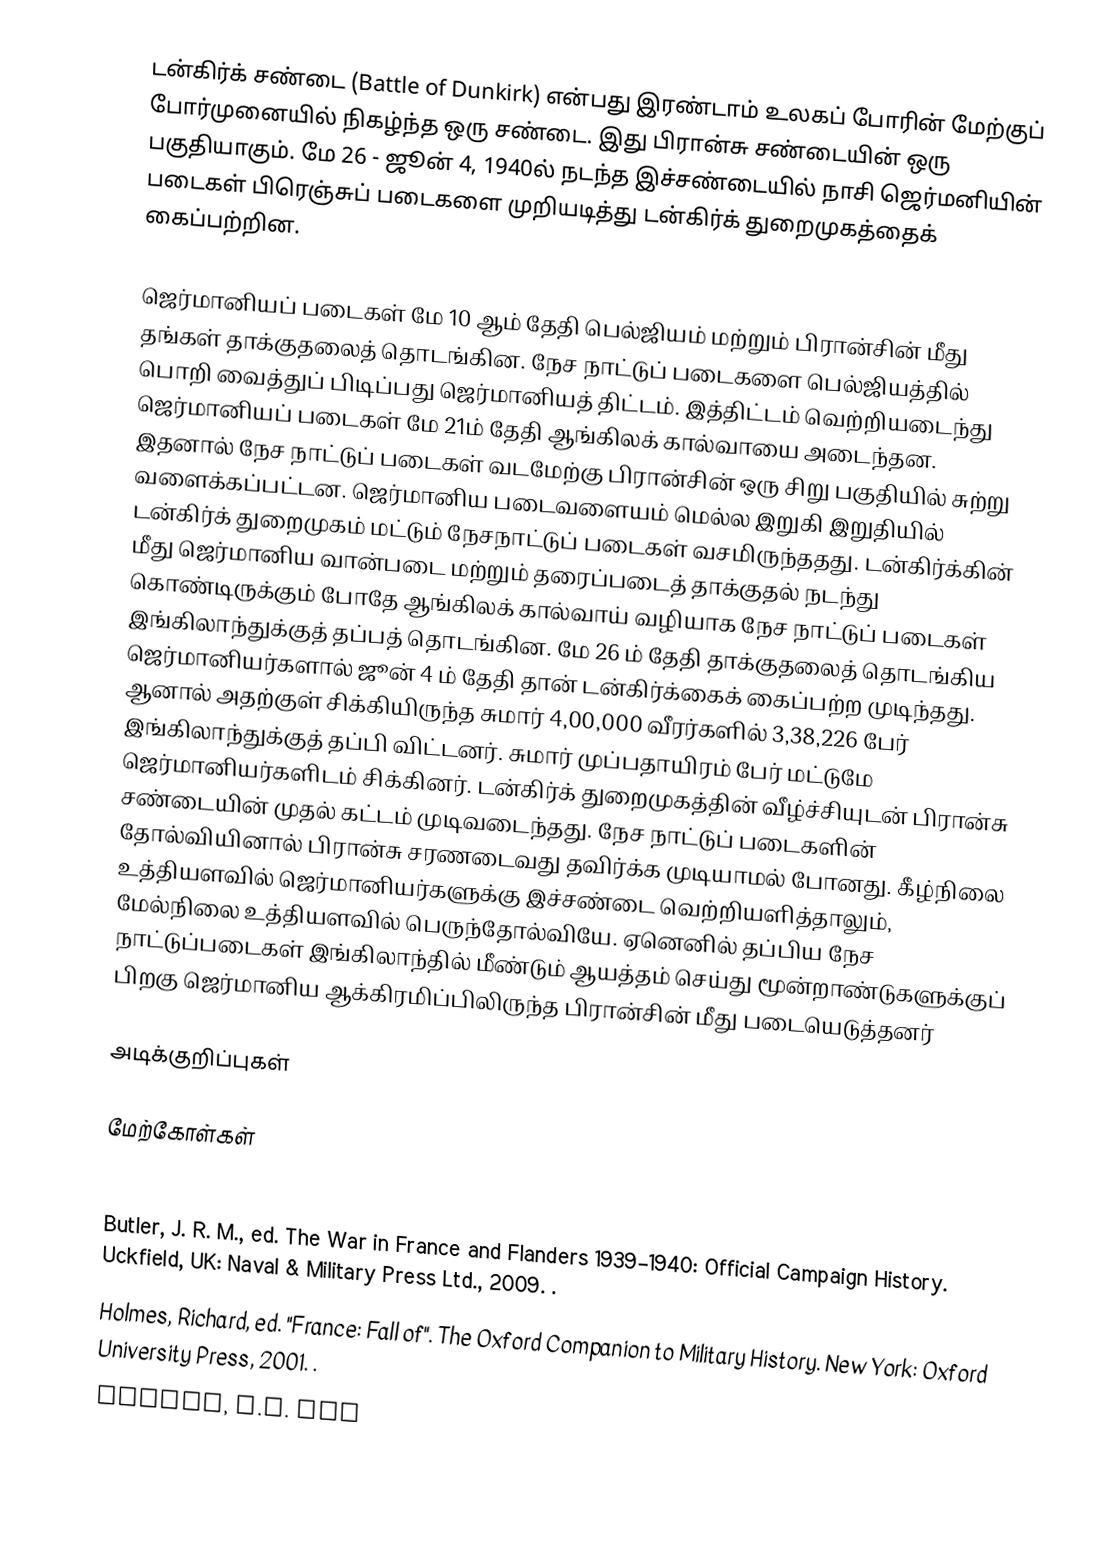
டன்கிர்க் சண்டை (Battle of Dunkirk) என்பது இரண்டாம் உலகப் போரின் மேற்குப் போர்முனையில் நிகழ்ந்த ஒரு சண்டை. இது பிரான்சு சண்டையின் ஒரு பகுதியாகும். மே 26 - ஜூன் 4, 1940ல் நடந்த இச்சண்டையில் நாசி ஜெர்மனியின் படைகள் பிரெஞ்சுப் படைகளை முறியடித்து டன்கிர்க் துறைமுகத்தைக் கைப்பற்றின.

ஜெர்மானியப் படைகள் மே 10 ஆம் தேதி பெல்ஜியம் மற்றும் பிரான்சின் மீது தங்கள் தாக்குதலைத் தொடங்கின. நேச நாட்டுப் படைகளை பெல்ஜியத்தில் பொறி வைத்துப் பிடிப்பது ஜெர்மானியத் திட்டம். இத்திட்டம் வெற்றியடைந்து ஜெர்மானியப் படைகள் மே 21ம் தேதி ஆங்கிலக் கால்வாயை அடைந்தன. இதனால் நேச நாட்டுப் படைகள் வடமேற்கு பிரான்சின் ஒரு சிறு பகுதியில் சுற்று வளைக்கப்பட்டன. ஜெர்மானிய படைவளையம் மெல்ல இறுகி இறுதியில் டன்கிர்க் துறைமுகம் மட்டும் நேசநாட்டுப் படைகள் வசமிருந்ததது. டன்கிர்க்கின் மீது ஜெர்மானிய வான்படை மற்றும் தரைப்படைத் தாக்குதல் நடந்து கொண்டிருக்கும் போதே ஆங்கிலக் கால்வாய் வழியாக நேச நாட்டுப் படைகள் இங்கிலாந்துக்குத் தப்பத் தொடங்கின. மே 26 ம் தேதி தாக்குதலைத் தொடங்கிய ஜெர்மானியர்களால் ஜூன் 4 ம் தேதி தான் டன்கிர்க்கைக் கைப்பற்ற முடிந்தது. ஆனால் அதற்குள் சிக்கியிருந்த சுமார் 4,00,000 வீரர்களில் 3,38,226 பேர் இங்கிலாந்துக்குத் தப்பி விட்டனர். சுமார் முப்பதாயிரம் பேர் மட்டுமே ஜெர்மானியர்களிடம் சிக்கினர். டன்கிர்க் துறைமுகத்தின் வீழ்ச்சியுடன் பிரான்சு சண்டையின் முதல் கட்டம் முடிவடைந்தது. நேச நாட்டுப் படைகளின் தோல்வியினால் பிரான்சு சரணடைவது தவிர்க்க முடியாமல் போனது.  கீழ்நிலை உத்தியளவில் ஜெர்மானியர்களுக்கு இச்சண்டை வெற்றியளித்தாலும், மேல்நிலை உத்தியளவில் பெருந்தோல்வியே. ஏனெனில் தப்பிய நேச நாட்டுப்படைகள் இங்கிலாந்தில் மீண்டும் ஆயத்தம் செய்து மூன்றாண்டுகளுக்குப் பிறகு ஜெர்மானிய ஆக்கிரமிப்பிலிருந்த பிரான்சின் மீது படையெடுத்தனர்

அடிக்குறிப்புகள்

மேற்கோள்கள்

 Bond, Brian. Britain, France and Belgium 1939–1940. London: Brasseys, 1990. .
 Butler, J. R. M., ed. The War in France and Flanders 1939–1940: Official Campaign History. Uckfield, UK: Naval & Military Press Ltd., 2009. .
 Holmes, Richard, ed. "France: Fall of". The Oxford Companion to Military History. New York: Oxford University Press, 2001. .
 Hooton, E.R. Luf